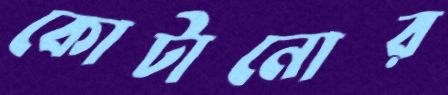
কোটানোর